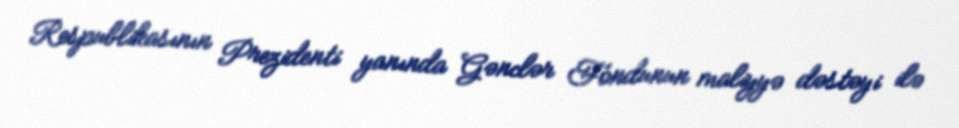
Respublikasının Prezidenti yanında Gənclər Fondunun maliyyə dəstəyi ilə